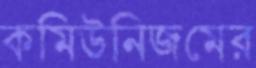
কমিউনিজমের